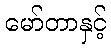
မော်တာနှင့်